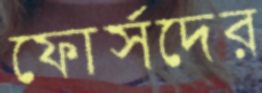
ফোর্সদের